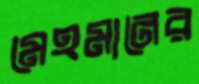
মেহমানের